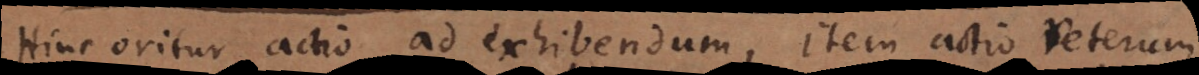
Hinc oritur actio ad exhibendum, item actio veterum